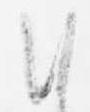
朝